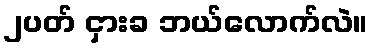
၂ပတ် ငှားခ ဘယ်လောက်လဲ။